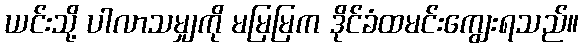
ယင်းသို့ ပါလာသမျှကို မမြမြက ဒိုင်ခံထမင်းကျွေးရသည်။